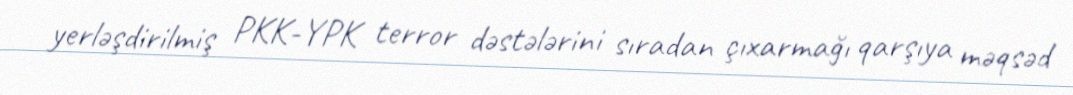
yerləşdirilmiş PKK-YPK terror dəstələrini sıradan çıxarmağı qarşıya məqsəd